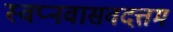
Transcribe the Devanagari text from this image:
स्वप्नवासवदत्तम